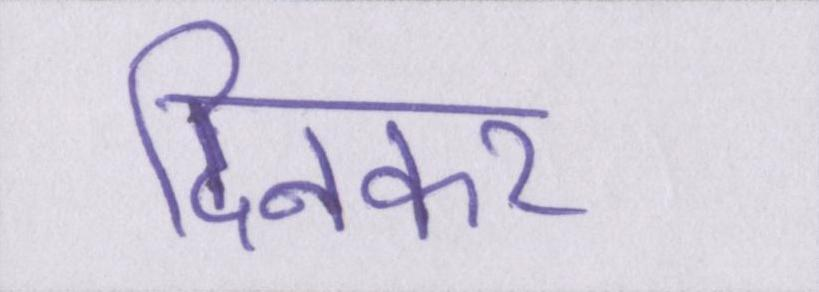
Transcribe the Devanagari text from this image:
दिनकर